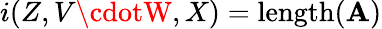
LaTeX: i(Z,V\cdotW,X)=\operatorname{length}(\mathbf{A})